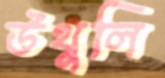
উথুলি